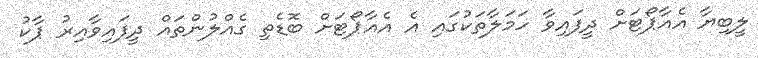
ލީބިޔާ އެއާޕޯޓަށް ދީފައިވާ ހަމަލާތަކުގައި އެ އެއާޕޯޓަށް ބޮޑެތި ގެއްލުންތައް ދީފައިވާއިރު ޕާކު